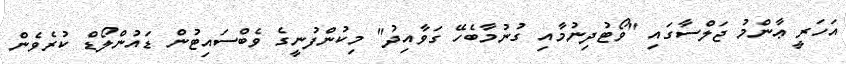
އަހަރީ ޢާންމު ޖަލްސާގައި "ވޯޓުދިނުމާއި ގުނުމާބެހޭ ގަވާއިދު" މިކުންފުނީގެ ވެބްސައިޓުން ޑައުންލޯޑް ކުރެވެން